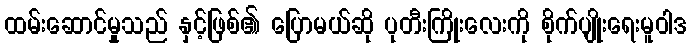
ထမ်းဆောင်မှုသည် နှင့်ဖြစ်၏ ပြောမယ်ဆို ပုတီးကြိုးလေးကို စိုက်ပျိုးရေးမူဝါဒ